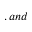
, a n d